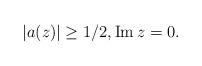
LaTeX: \begin{align*}|a(z)|\geq 1/2, \operatorname{Im} z=0.\end{align*}